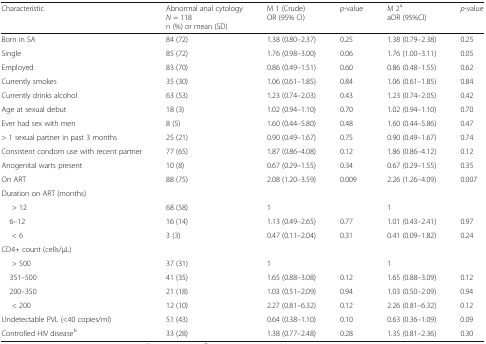
<table><thead><tr><td><b>Characteristic</b></td><td><b>Abnormal anal cytology<i>N</i> = 118n (%) or mean (SD)</b></td><td><b>M 1 (Crude)OR (95% CI)</b></td><td><b><i>p</i>-value</b></td><td><b>M 2<sup>a</sup>aOR (95%CI)</b></td><td><b><i>p</i>-value</b></td></tr></thead><tbody><tr><td>Born in SA</td><td>84 (72)</td><td>1.38 (0.80–2.37)</td><td>0.25</td><td>1.38 (0.79–2.38)</td><td>0.25</td></tr><tr><td>Single</td><td>85 (72)</td><td>1.76 (0.98–3.00)</td><td>0.06</td><td>1.76 (1.00–3.11)</td><td>0.05</td></tr><tr><td>Employed</td><td>83 (70)</td><td>0.86 (0.49–1.51)</td><td>0.60</td><td>0.86 (0.48–1.55)</td><td>0.62</td></tr><tr><td>Currently smokes</td><td>35 (30)</td><td>1.06 (0.61–1.85)</td><td>0.84</td><td>1.06 (0.61–1.85)</td><td>0.84</td></tr><tr><td>Currently drinks alcohol</td><td>63 (53)</td><td>1.23 (0.74–2.03)</td><td>0.43</td><td>1.23 (0.74–2.05)</td><td>0.42</td></tr><tr><td>Age at sexual debut</td><td>18 (3)</td><td>1.02 (0.94–1.10)</td><td>0.70</td><td>1.02 (0.94–1.10)</td><td>0.70</td></tr><tr><td>Ever had sex with men</td><td>8 (5)</td><td>1.60 (0.44–5.80)</td><td>0.48</td><td>1.60 (0.44–5.86)</td><td>0.47</td></tr><tr><td>&gt; 1 sexual partner in past 3 months</td><td>25 (21)</td><td>0.90 (0.49–1.67)</td><td>0.75</td><td>0.90 (0.49–1.67)</td><td>0.74</td></tr><tr><td>Consistent condom use with recent partner</td><td>77 (65)</td><td>1.87 (0.86–4.08)</td><td>0.12</td><td>1.86 (0.86–4.12)</td><td>0.12</td></tr><tr><td>Anogenital warts present</td><td>10 (8)</td><td>0.67 (0.29–1.55)</td><td>0.34</td><td>0.67 (0.29–1.55)</td><td>0.35</td></tr><tr><td>On ART</td><td>88 (75)</td><td>2.08 (1.20–3.59)</td><td>0.009</td><td>2.26 (1.26–4.09)</td><td>0.007</td></tr><tr><td colspan="6">Duration on ART (months)</td></tr><tr><td>&gt; 12</td><td>68 (58)</td><td>1</td><td></td><td>1</td><td></td></tr><tr><td> 6–12</td><td>16 (14)</td><td>1.13 (0.49–2.65)</td><td>0.77</td><td>1.01 (0.43–2.41)</td><td>0.97</td></tr><tr><td>&lt; 6</td><td>3 (3)</td><td>0.47 (0.11–2.04)</td><td>0.31</td><td>0.41 (0.09–1.82)</td><td>0.24</td></tr><tr><td colspan="6">CD4+ count (cells/μL)</td></tr><tr><td>&gt; 500</td><td>37 (31)</td><td>1</td><td></td><td>1</td><td></td></tr><tr><td> 351–500</td><td>41 (35)</td><td>1.65 (0.88–3.08)</td><td>0.12</td><td>1.65 (0.88–3.09)</td><td>0.12</td></tr><tr><td> 200–350</td><td>21 (18)</td><td>1.03 (0.51–2.09)</td><td>0.94</td><td>1.03 (0.50–2.09)</td><td>0.94</td></tr><tr><td>&lt; 200</td><td>12 (10)</td><td>2.27 (0.81–6.32)</td><td>0.12</td><td>2.26 (0.81–6.32)</td><td>0.12</td></tr><tr><td>Undetectable PVL (&lt;40 copies/ml)</td><td>51 (43)</td><td>0.64 (0.38–1.10)</td><td>0.10</td><td>0.63 (0.36–1.09)</td><td>0.09</td></tr><tr><td>Controlled HIV disease<sup>b</sup></td><td>33 (28)</td><td>1.38 (0.77–2.48)</td><td>0.28</td><td>1.35 (0.81–2.36)</td><td>0.30</td></tr></tbody></table>